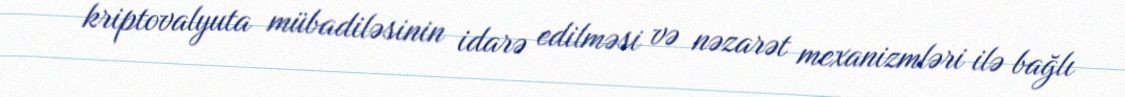
kriptovalyuta mübadiləsinin idarə edilməsi və nəzarət mexanizmləri ilə bağlı